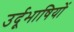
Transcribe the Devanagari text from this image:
उर्दूभाषियों